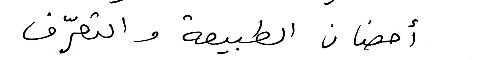
أحضان الطبيعة والتعرّف